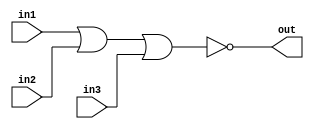
module nor3 (in1,in2,in3,out);
input in1,in2,in3;
output out;
assign out = ~(in1 | in2 | in3);
endmodule